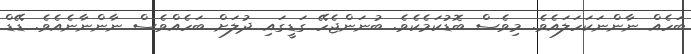
ބަހެއް ނާންނަކަހަލައެވެ. މިވެސް ބޮޑުކަމެކެވެ. ބުނަންޖެހޭ ގަޑީގައި ދުލަށް ބަހެއްވެސް ނާންނާނެއެވެ. ޑޭޑް